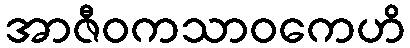
အာဇီဝကသာဝကေဟိ